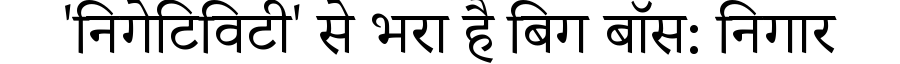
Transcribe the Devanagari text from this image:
'निगेटिविटी' से भरा है बिग बॉस: निगार